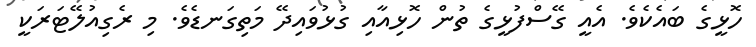
ހޮޅީގެ ބައެކެވެ. އެއީ ގޭސްފުޅީގެ ތުން ހޮޅިއާއި ގުޅުވައިދޭ މަތިގަނޑެވެ. މި ރެގިއުލޭޓަރަކީ